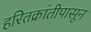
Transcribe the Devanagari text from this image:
हरितक्रांतीपासून